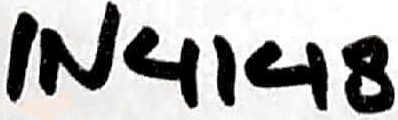
Text: IN4148